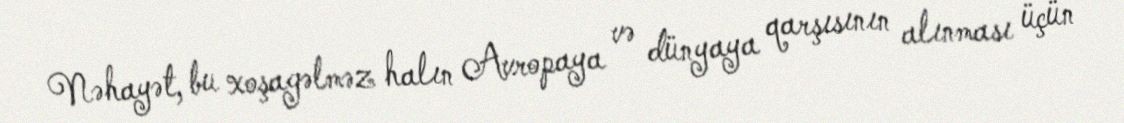
Nəhayət, bu xoşagəlməz halın Avropaya və dünyaya qarşısının alınması üçün